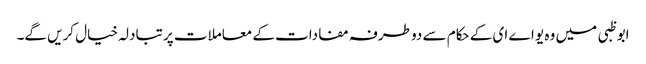
ابو ظبی میں وہ یو اے ای کے حکام سے دو طرفہ مفادات کے معاملات پر تبادلہ خیال کریں گے۔